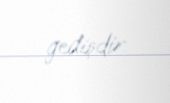
gedişdir.